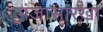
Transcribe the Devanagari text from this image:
गंजासारखा